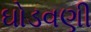
ઘોડવણી